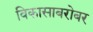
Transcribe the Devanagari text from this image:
विकासाबरोबर